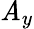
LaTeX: \mathit{A}_{y}